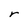
Character: r